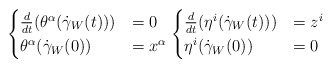
\begin{align*}\begin{cases} \frac{d}{dt}(\theta^\alpha(\dot\gamma_W(t))) &= 0 \\\theta^\alpha(\dot{\gamma}_W(0)) &= x^\alpha\end{cases}\begin{cases} \frac{d}{dt}(\eta^i(\dot\gamma_W(t))) &= z^i \\\eta^i(\dot{\gamma}_W(0)) &= 0\end{cases}\end{align*}